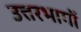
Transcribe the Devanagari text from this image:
उत्तरभागों